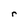
Character: r